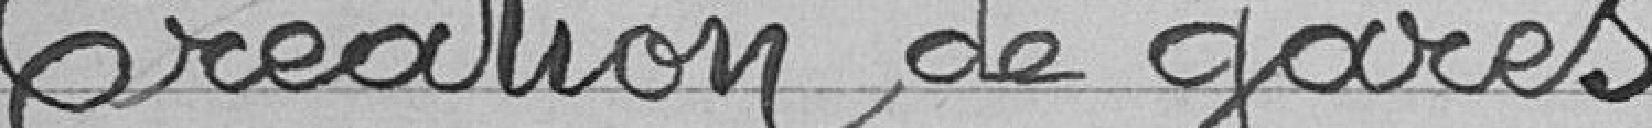
Création de gares